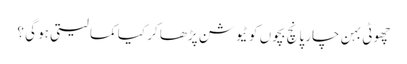
چھوٹی بہن چار پانچ بچوں کو ٹیوشن پڑھا کر کیا کما لیتی ہو گی ؟